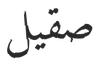
صقيل